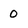
Character: 0